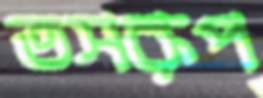
তসরূপ